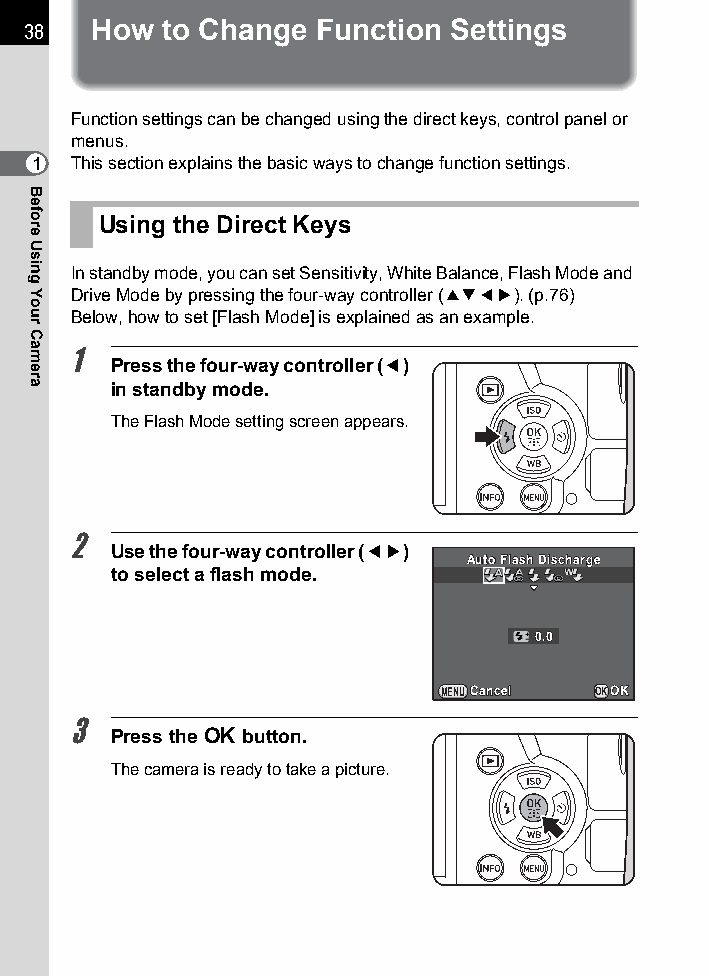
38   How  to Change Function Settings
 Function settings can be changed using the direct keys, control panel or
 menus.
 1  This section explains the basic ways to change function settings.
 Using the Direct Keys
 In standby mode, you can set Sensitivity, White Balance, Flash Mode and
 Drive Mode by pressing the four-way controller (2345). (p.76)
 Below, how to set [Flash Mode] is explained as an example.
 1
 Press the four-way controller (4)
 in standby mode.
 The Flash Mode setting screen appears.
 2
 Use the four-way controller (45)
 AAuuttoo FFllaasshh DDiisscchhaarrggee
 to select a flash mode.
 00..00
 MENUCCaanncceell OKOOKK
 3
 Press the 4 button.
 The camera is ready to take a picture.
 Before
 Using
 Your
 Camera